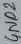
Text: GND2